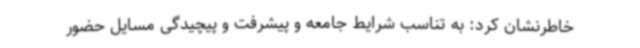
خاطرنشان کرد: به تناسب شرایط جامعه و پیشرفت و پیچیدگی مسایل حضور